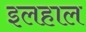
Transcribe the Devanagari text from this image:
इलहाल